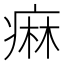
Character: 痳